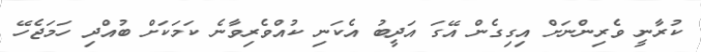
ކުރާނީ ވެރިންނަށް އިގިގެން އޭގަ އަދީބު އެކަނި ކުއްވެރިވާނެ ކަމަކަށް ބުއްދި ހަމަޖެހޭ